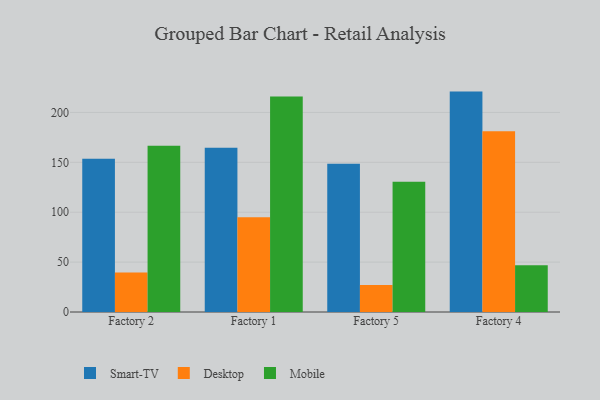
{"axis": {"x": "Factory", "y": "Humidity (%)"}, "legend": ["Desktop", "Mobile", "Smart-TV"], "data": [{"x": "Factory 2", "y": 153.5, "type": "Smart-TV"}, {"x": "Factory 2", "y": 39.7, "type": "Desktop"}, {"x": "Factory 2", "y": 166.7, "type": "Mobile"}, {"x": "Factory 1", "y": 164.7, "type": "Smart-TV"}, {"x": "Factory 1", "y": 95.0, "type": "Desktop"}, {"x": "Factory 1", "y": 216.0, "type": "Mobile"}, {"x": "Factory 5", "y": 148.6, "type": "Smart-TV"}, {"x": "Factory 5", "y": 27.1, "type": "Desktop"}, {"x": "Factory 5", "y": 130.6, "type": "Mobile"}, {"x": "Factory 4", "y": 220.9, "type": "Smart-TV"}, {"x": "Factory 4", "y": 181.2, "type": "Desktop"}, {"x": "Factory 4", "y": 46.8, "type": "Mobile"}]}